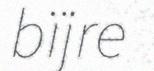
bïjre